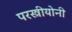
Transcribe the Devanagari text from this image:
परस्त्रीयोनी